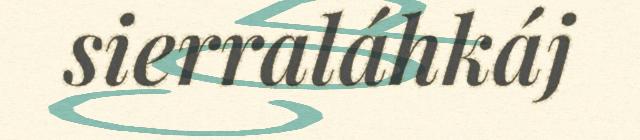
sierraláhkáj